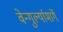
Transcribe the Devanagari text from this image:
वेन्गुर्ल्यामार्गे